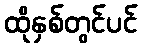
ထိုနှစ်တွင်ပင်